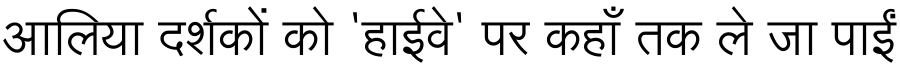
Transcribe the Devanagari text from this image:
आलिया दर्शकों को 'हाईवे' पर कहाँ तक ले जा पाईं